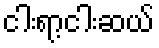
ငါးရာ့ငါးဆယ်